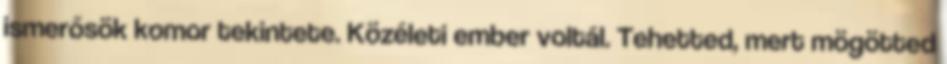
ismerősök komor tekintete. Közéleti ember voltál. Tehetted, mert mögötted